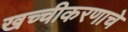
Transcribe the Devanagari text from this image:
खच्चीकरणाचे